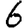
Digit: 6